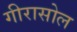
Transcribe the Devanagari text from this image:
गीरासोल